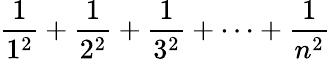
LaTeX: {\frac{1}{1^{2}}}+{\frac{1}{2^{2}}}+{\frac{1}{3^{2}}}+\cdots+{\frac{1}{n^{2}}}